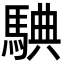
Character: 𩣲